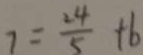
7 = \frac { 2 4 } { 5 } + 6